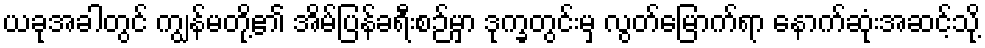
ယခုအခါတွင် ကျွန်မတို့၏ အိမ်ပြန်ခရီးစဉ်မှာ ဒုက္ခတွင်းမှ လွတ်မြောက်ရာ နောက်ဆုံးအဆင့်သို့